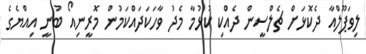
ލިވަޕޫލްއާ ދެކޮޅަށް ޗެލްސީން ދެއްކި ކުޅުމާ މެދު ވާހަކަދައްކަމުން މޮރީނިއޯ ބުނީ އިއްޔެގެ